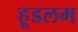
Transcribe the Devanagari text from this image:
हूडलम